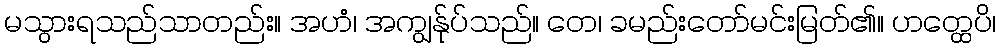
မသွားရသည်သာတည်း။ အဟံ၊ အကျွန်ုပ်သည်။ တေ၊ ခမည်းတော်မင်းမြတ်၏။ ဟတ္ထေပိ၊